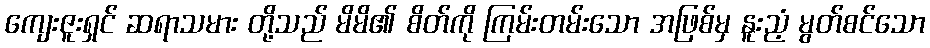
ကျေးဇူးရှင် ဆရာသမား တို့သည် မိမိ၏ စိတ်ကို ကြမ်းတမ်းသော အဖြစ်မှ နူးညံ့ မွတ်စင်သော